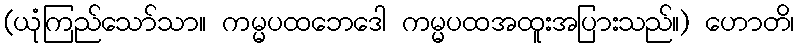
(ယုံကြည်သော်သာ။ ကမ္မပထဘေဒေါ ကမ္မပထအထူးအပြားသည်။) ဟောတိ၊